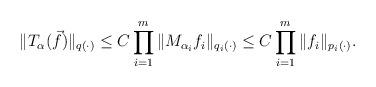
LaTeX: \begin{align*} \|T_{\alpha}(\vec{f})\|_{q(\cdot)} &\le C \prod_{i=1}^{m} \|M_{\alpha_{i}} f_{i} \|_{q_{i}(\cdot)}\le C \prod_{i=1}^{m} \| f_{i} \|_{p_{i}(\cdot)}.\end{align*}